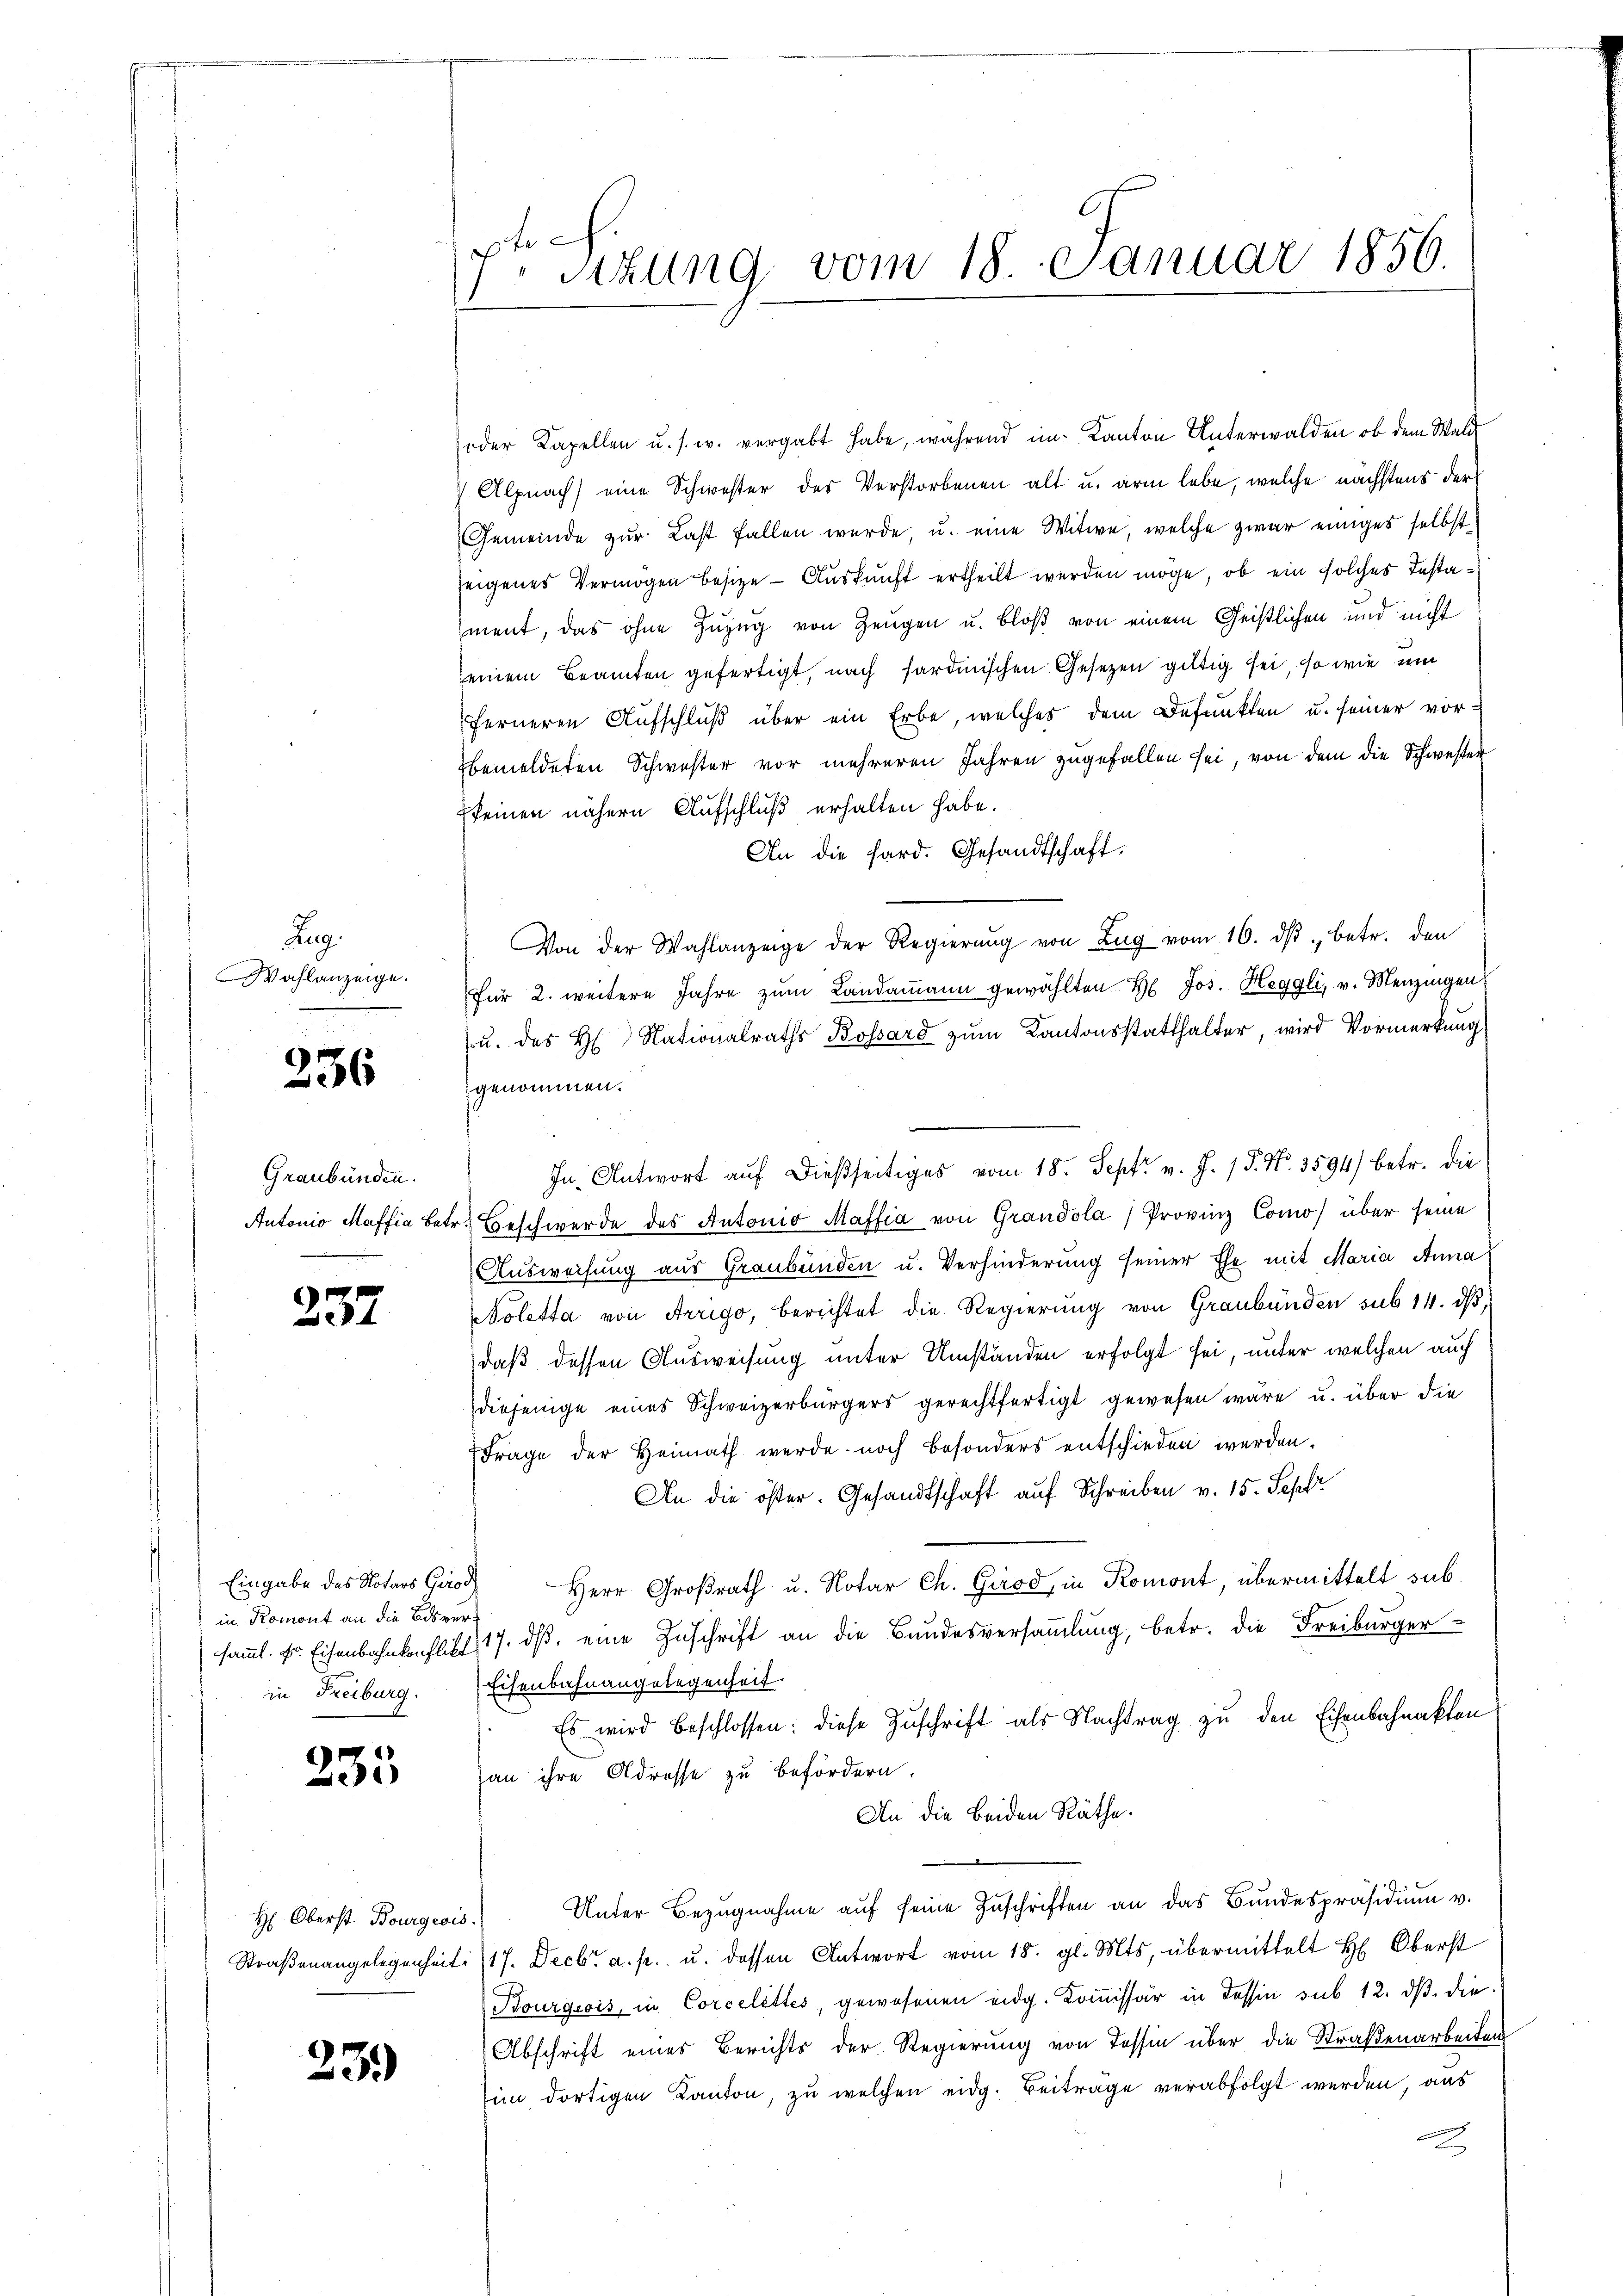
Lag.
Wahlanzeige.

236

Graubünden.

237

Eingabe des Notars Grod
in Romont an die Bdsverin Freiburg.

235

H: Oberst Bourgeois.

23.

7. Sitzung vom 18. Januar 1856.

oder Kapellen u. s. w. vergabt habe, während im Kanton Unterwalden, ob dem Wald
Alpnach eine Schwester des Verstorbenen alt u. arm lebe, welche nächstens der
Gemeinde zŭr Last fallen werde, u. eine Witwe, welche zwar einiges selbst
zeigenes Vermögen besitze - Auskunft ertheilt werden möge, ob ein solches Testament, das ohne Zuzug von Zeugen u. bloß von einem Geistlichen und nicht
seinem Beamten gefertigt, nach sardinischen Gesetzen gültig sei, so wie und
ferneren Aufschluß über ein Erbe, welches dem Befunkten u. seiner vor-
bemeldeten Schwester vor mehreren Jahren zugefallen sei, von dem die Schwester
keinen nähern Aufschluß erhalten habe.
An die Hard. Gesandtschaft.
Von der Wahlanzeige der Regierŭng von Zŭg vom 16. dβ betr. den
für 2. weitere Jahre zum Landammann gewählten H. Jos. Heggli, v. Menzingen
u. des H. Nationalraths Bossard zum Kantonsstatthalter, wird Vormerkung
genommen.
e
In Antwort aŭf dießseitiges vom 18. Sept. v. J. 17. No. 3594) betr. die
Antonio Maffia betr. Beschwerde des Antonio Maffia von Grandola) Provinz Como über seine
Ausweisung aus Graubünden u. Verhinderung seiner Ehe mit Maria Anna
Noletta von Arrigo, berichtet die Regierung von Graubünden sub 14. dβ,
daß dessen Ausweisung unter Umständen erfolgt sei, unter welchen auch
diejenige eines Schweizerbürgers gerechtfertigt gewesen wäre u. über die
Frage der Heimath werde noch besonders entschieden werden.
An die öster. Gesandtschaft auf Schreiben v. 15. Sept
Herr Großrath u. Notar Ch. Girod, in Romont, übermittelt subsamml. fr. Eisenbahnkonflikt 17. ds, eine Zuschrift an die Bundesversammlung, betr. die Freiburger¬
Eisenbahnangelegenheit.
Es wird beschlossen: diese Zuschrift als Nachtrag zu den Eisenbahnakten
han ihre Adresse zu befördern.
An die beiden Räthe.
Unter Bezŭgnahme aŭf seine Zŭschriften an das Bundespräsidiŭm v.
Straßenangelegenheit 17. Decbr. a. p. u. dessen Antwort vom 18. gl. Mts. übermittelt H. Oberst
Bourgeois, in Corcelettes, gewesenen eidg. Koṁissär in dessin sub 12. dβ die
Abschrift eines Berichts der Regierung von Tessin über die Straßenarbeiten
im dortigen Kanton, zu welchen eidg. Beiträge verabfolgt werden, aus
2